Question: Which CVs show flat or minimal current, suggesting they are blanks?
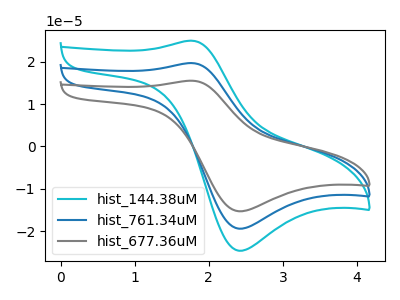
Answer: <think>The cyan curve "hist_144.38uM" has an anodic peak at (1.75V, 24.95uA) and a cathodic peak at (2.40V, -24.60uA). The blue curve "hist_761.34uM" has an anodic peak at (1.75V, 19.65uA) and a cathodic peak at (2.40V, -19.40uA). The gray curve "hist_677.36uM" has an anodic peak at (1.75V, 39.30uA) and a cathodic peak at (2.40V, -38.80uA).</think>
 <answer>There are not any CV's on this graph that are likely to be blanks.</answer>
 <eval>none</eval>